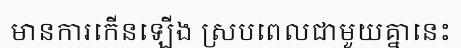
មានការកើនឡើង ស្របពេលជាមួយគ្នានេះ